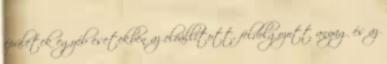
épületek egyéb esetekben az elõállított, feldolgozott anyag és az